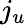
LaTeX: j_{u}